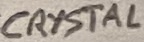
Text: CRYSTAL